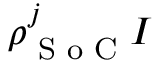
\rho _ { \textrm { S o C } } ^ { j } I